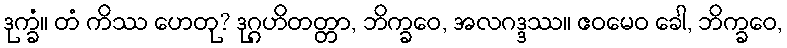
ဒုက္ခံ။ တံ ကိဿ ဟေတု? ဒုဂ္ဂဟိတတ္တာ, ဘိက္ခဝေ, အလဂဒ္ဒဿ။ ဧဝမေဝ ခေါ, ဘိက္ခဝေ,